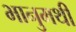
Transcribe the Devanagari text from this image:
भानुमथी